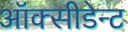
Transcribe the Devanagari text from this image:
ऑक्सीडेन्ट